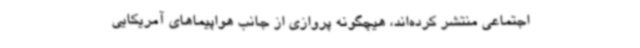
اجتماعی منتشر کرده‌اند، هیچگونه پروازی از جانب هواپیماهای آمریکایی